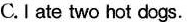
C.I ate two hot dogs.